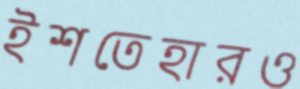
ইশতেহারও